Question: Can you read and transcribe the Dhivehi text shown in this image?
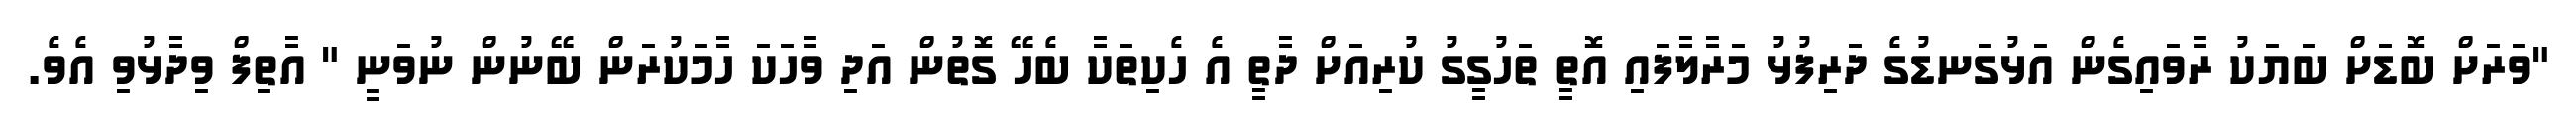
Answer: "ވަރަށް ބޮޑަށް ބަޔަކު ރާވައިގެން އަޅުގަނޑުގެ ދަރިފުޅު މަރާލާފައި އޮތީ ތަހުގީގު ކުރިއަށް ދާތީ އެ ހެކިތަކާ ބެހޭ ގޮތުން އަދި ވާހަކަ ހާމަކުރަން ބޭނުން ނުވަނީ " އާތިފް ވިދާޅުވި އެވެ.